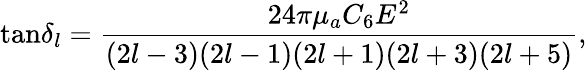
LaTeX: \mathrm{tan}\delta_{l}=\frac{24\pi\mu_{a}C_{6}E^{2}}{(2l-3)(2l-1)(2l+1)(2l+3)(2l+5)},